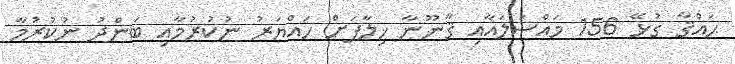
ޙައްޤާ ގުޅޭ 156 މައްސަލައާއި ޤާނޫނާ ޚިލާފަށް ހައްޔަރު ނުކުރުމާއި ބަންދު ނުކުރުމާ